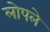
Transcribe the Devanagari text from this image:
लोपले